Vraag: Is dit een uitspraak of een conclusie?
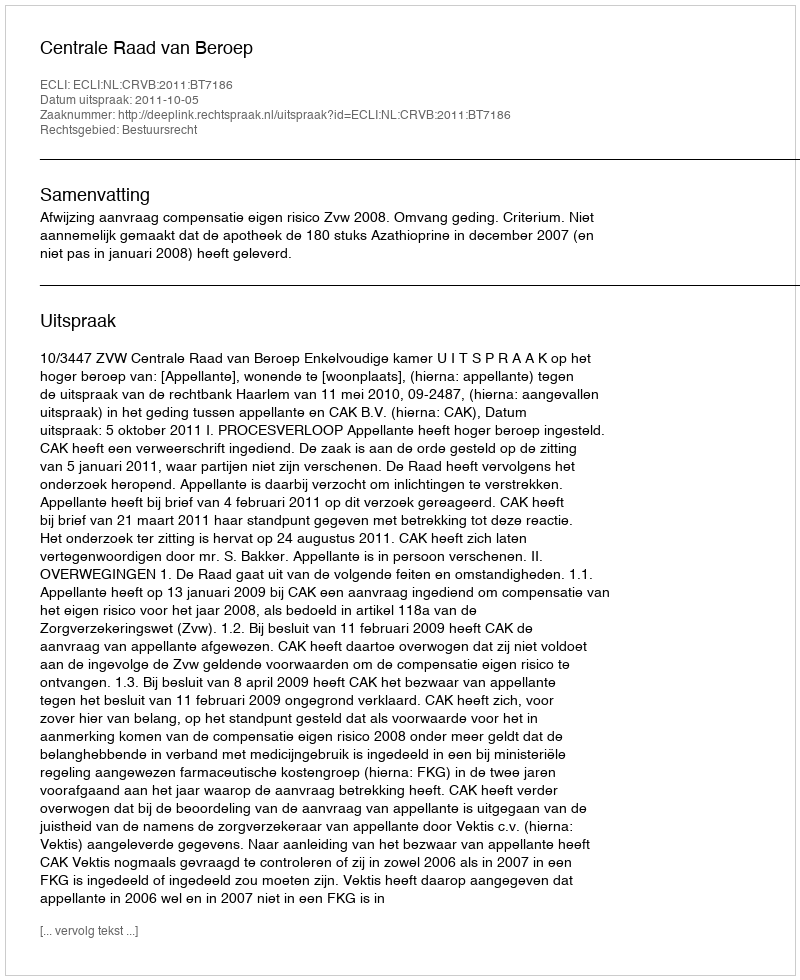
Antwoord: Uitspraak